Report of an investigation into the causes of malaria in Bombay and the measures necessary for its control
Disease focus: Malaria
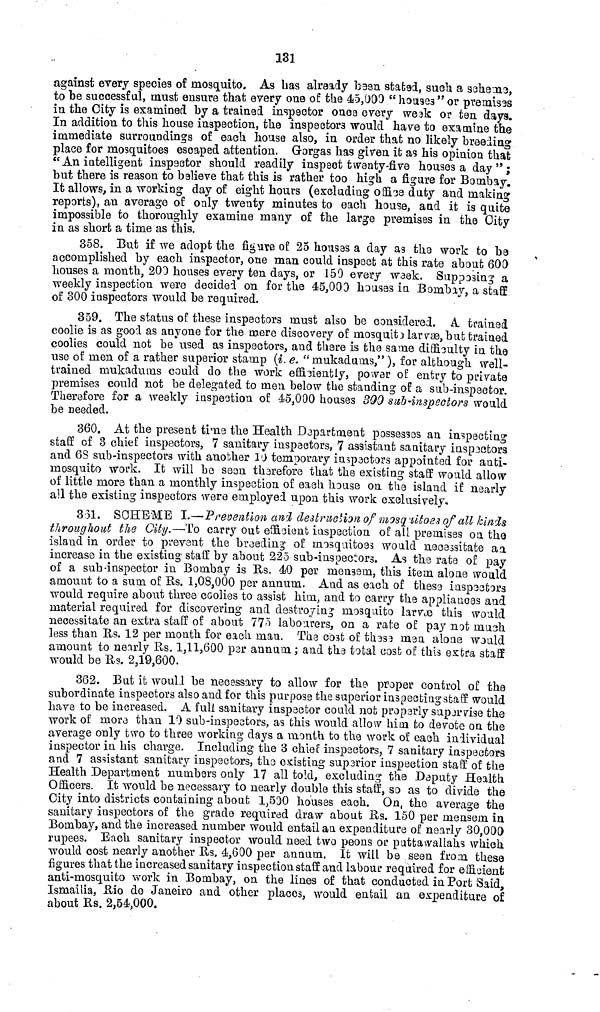
131
against every species of mosquito. As has already been stated, such a scheme,
to be successful, must ensure that every one of the 45,000 " houses" or premises
in the City is examined by a trained inspector onc9 every week or ten days.
In addition to this house inspection, the inspectors would have to examine the
immediate surroundings of each house also, in order that no likely breeding
place for mosquitoes escaped attention. Gorgas has given it as his opinion that
" An intelligent inspector should readily inspect twenty-five houses a day";
but there is reason to b9lieve that this is rather too high a figure for Bombay.
It allows, in a working day of eight hours (excluding office duty and making
reports), an average of only twenty minutes to each house, and it is quite
impossible to thoroughly examine many of the large premises in the City
in as short a time as this.
358. But if we adopt the figure of 25 houses a day as the work to be
accomplished by each inspector, one man could inspect at this rate about 600
houses a month, 200 houses every ten days, or 150 every week. Supposing a
weekly inspection were decided on for the 45,000 houses in Bombay, a staff
of 300 inspectors would be required.
359. The status of these inspectors must also be considered. A trained
coolie is as good as anyone for the mere discovery of mosquito larvae, but trained
coolies could not be used as inspectors, and there is the same difficulty in the
use of men of a rather superior stamp (i. e. " rnukadums,"), for although well-
trained mukadums could do the work efficiently, power of entry to private
premises could not be delegated to men below the standing of a sub-inspector.
Therefore for a weekly inspection of 45,000 houses 390 sub-inspectors would
be needed.
360. At the present time the Health Department possesses an inspecting
staff of 3 chief inspectors, 7 sanitary inspectors, 7 assistant sanitary inspectors
and 6S sub-inspectors with another 10 temporary inspectors appointed for anti-
mosquito work. It will be seen therefore that the existing staff would allow
of little more than a monthly inspection of each house on the island if nearly
all the existing inspectors were employed upon this work exclusively,
3 31. SCHEME I.—Prevention and destruction of mosquitoes of all kinds
throughout the City.—To carry out efficient inspection of all premises on the
island in order to prevent the breeding of mosquitoes would necessitate an
increase in the existing staff by about 225 sub-inspectors. As the. rate of pay
of a sub-inspector in Bombay is Us. 40 per mensem, this item alone would
amount to a sum of Us. 1,08,000 per annum. And as each of these inspectors
would require about three coolies to assist him, and to carry the appliances and
material required for discovering and destroying mosquito larvae this would
necessitate an extra staff of about 775 labourers, on a rate of pay not mush
less than Us. 12 per month for each man. The cost of these men alone would
amount to nearly Rs. 1,11,600 par annum; and the total cost of this extra staff
would be Rs. 2,19,600.
362. But it would be necessary to allow for the proper control of the
subordinate inspectors also and for this purpose the superior inspecting staff would
have to be increased. A full sanitary inspector could not properly supervise the
work of more than 10 sub-inspectors, as this would allow him to devote on the
average only two to three working days a month to the work of each individual
inspector in his charge. Including the 3 chief inspectors, 7 sanitary inspectors
and 7 assistant sanitary inspectors, the existing superior inspection staff of the
Health Department numbers only 17 all told, excluding the Deputy Health
Officers. It would be necessary to nearly double this staff, so as to divide the
City into districts containing about 1,530 houses each. On, the average the
sanitary inspectors of the grade required draw about Rs. 150 per mensem in
Bombay, and the increased number would entail an expenditure of nearly 30,000
rupees. Each sanitary inspector would need two peons or puttawallahs which
would cost nearly another Rs. 4,600 per annum. It will be seen from these
figures that the increased sanitary inspection staff and labour required for efficient
anti-mosquito work in Bombay, on the lines of that conducted in Port Said,
Ismailia, Rio do Janeiro and other places, would entail an expenditure of
about Rs. 2,54,000.